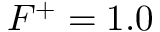
F ^ { + } = 1 . 0